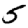
Digit: 5